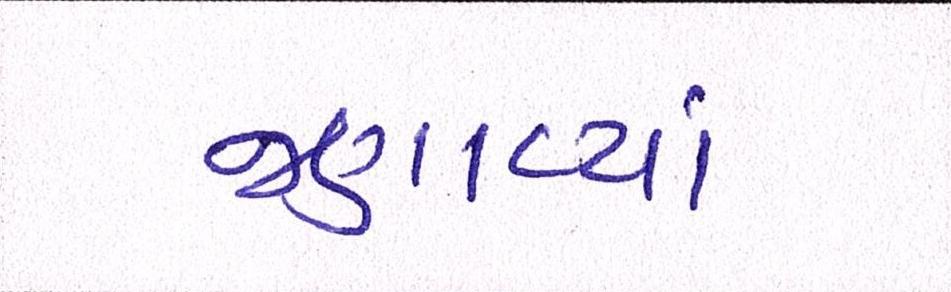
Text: જણાવ્યાં